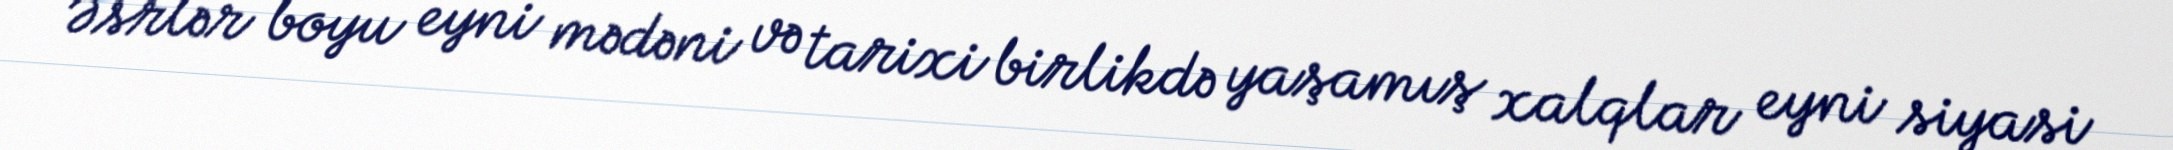
Əsrlər boyu eyni mədəni və tarixi birlikdə yaşamış xalqlar eyni siyasi